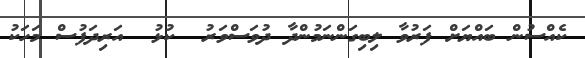
ކެއްސުން ބައްޔަށް ފަރުވާ ލިބިގަންނަމުންދާ ދުވަސްވަރު  ކުޅު  އަރިދަފުސް މަހަކު